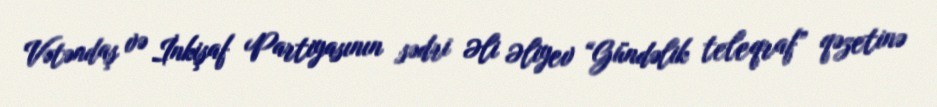
Vətəndaş və İnkişaf Partiyasının sədri Əli Əliyev “Gündəlik teleqraf” qəzetinə